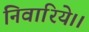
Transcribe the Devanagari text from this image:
निवारिये।।